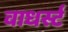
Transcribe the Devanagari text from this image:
वाधर्स्ट